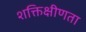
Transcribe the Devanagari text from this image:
शक्तिक्षीणता